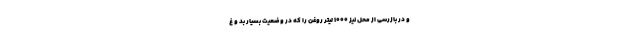
و در بازرسی از محل نیز ۱۰۰۰ لیتر روغن را که در وضعیت بسیار بد و غ